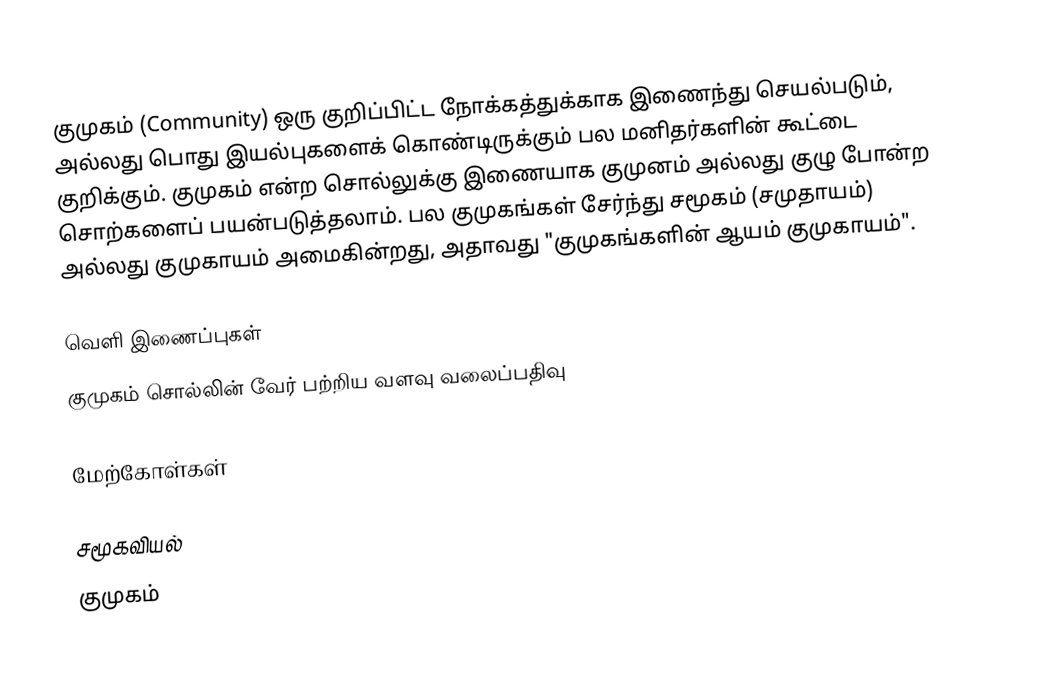
குமுகம் (Community) ஒரு குறிப்பிட்ட நோக்கத்துக்காக இணைந்து செயல்படும், அல்லது பொது இயல்புகளைக் கொண்டிருக்கும் பல மனிதர்களின் கூட்டை குறிக்கும். குமுகம் என்ற சொல்லுக்கு இணையாக குமுனம் அல்லது குழு போன்ற சொற்களைப் பயன்படுத்தலாம். பல குமுகங்கள் சேர்ந்து சமூகம் (சமுதாயம்) அல்லது குமுகாயம் அமைகின்றது, அதாவது "குமுகங்களின் ஆயம் குமுகாயம்".

வெளி இணைப்புகள்
 குமுகம் சொல்லின் வேர் பற்றிய வளவு வலைப்பதிவு

மேற்கோள்கள்

சமூகவியல்
குமுகம்